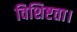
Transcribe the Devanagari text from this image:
विशिष्टता।